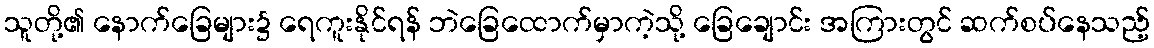
သူတို့၏ နောက်ခြေများ၌ ရေကူးနိုင်ရန် ဘဲခြေထောက်မှာကဲ့သို့ ခြေချောင်း အကြားတွင် ဆက်စပ်နေသည့်